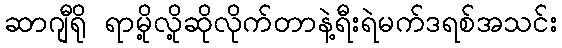
ဆာဂျီရို ရာမို့လို့ဆိုလိုက်တာနဲ့ရီးရဲမက်ဒရစ်အသင်း